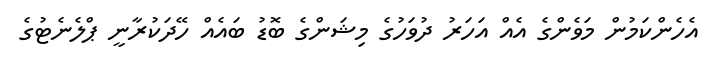
އެހެންކަމުން މަވެންގެ އެއް އަހަރު ދުވަހުގެ މިޝަންގެ ބޮޑު ބައެއް ހޭދަކުރާނީ ޕްލެނެޓުގެ